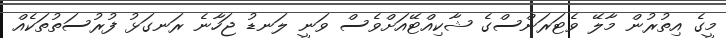
މީގެ އިތުރުން މާލޭ ވެޓަރަންސްގެ ޝާކިއްޓޭއަށްވެސް ވަނީ ލަނޑު ޖަހާނެ ރަނގަޅު ފުރުސަތުތަކެއް